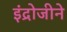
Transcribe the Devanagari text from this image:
इंद्रोजीने